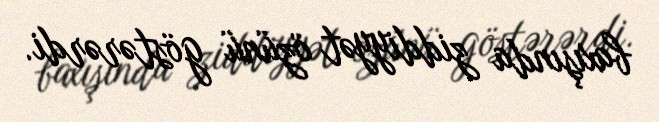
baxışında ziddiyyət özünü göstərərdi.